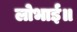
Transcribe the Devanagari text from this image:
लोभाई॥